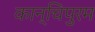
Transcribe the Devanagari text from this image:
कान्चिपुरम